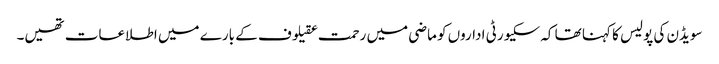
سویڈن کی پولیس کا کہنا تھا کہ سکیورٹی اداروں کو ماضی میں رحمت عقیلوف کے بارے میں اطلاعات تھیں۔